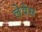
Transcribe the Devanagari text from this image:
लेवेस